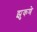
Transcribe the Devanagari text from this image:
झुकणे